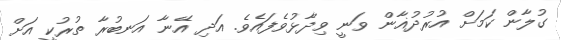
ގުލާން ކަމަށް އުރުދުޣާން ވަނީ ވިދާޅުވެފައެވެ. އަދި އޭނާ އަނބުރާ ތުރުކީ އަށް